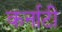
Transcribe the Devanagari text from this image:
कर्नाटी